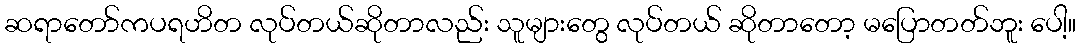
ဆရာတော်ကပရဟိတ လုပ်တယ်ဆိုတာလည်း သူများတွေ လုပ်တယ် ဆိုတာတော့ မပြောတတ်ဘူး ပေါ့။